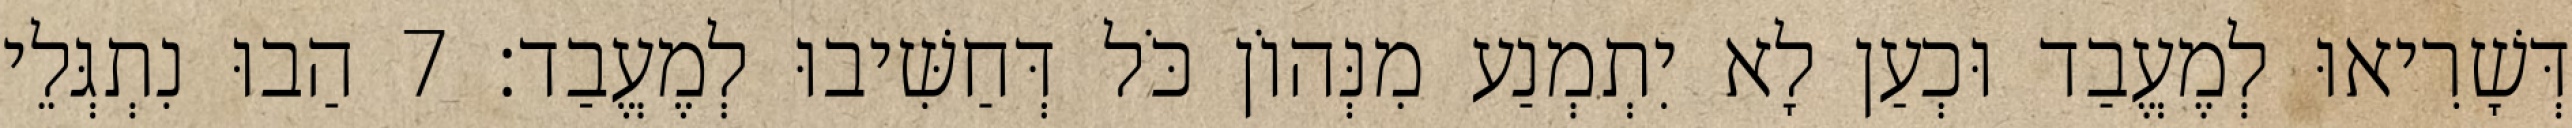
דְּשָׁרִיאוּ לְמֶעֱבַד וּכְעַן לָא יִתְמְנַע מִנְּהוֹן כֹּל דְּחַשִּׁיבוּ לְמֶעֱבַד׃ 7 הַבוּ נִתְגְּלֵי